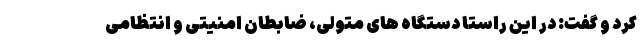
کرد و گفت: در این راستا دستگاه های متولی، ضابطان امنیتی و انتظامی